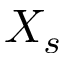
X _ { s }